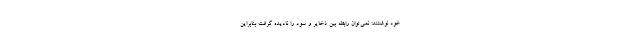
خود نوشتند: نمی‌توان رابطه بین ذخایر و سود را نادیده گرفت بنابراین